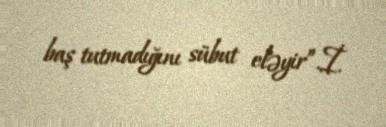
baş tutmadığını sübut eləyir”.İ.